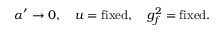
\alpha ^ { \prime } \rightarrow 0 , \quad u = \mathrm { f i x e d } , \quad g _ { f } ^ { 2 } = \mathrm { f i x e d } .